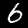
Digit: 6